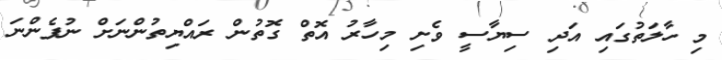
މި ހާލަތުގައި އަދި ސިޔާސީ ވެށި މިހާރު އޮތް ގޮތުން ރައްޔިތުންނަށް ނުފެންނަ